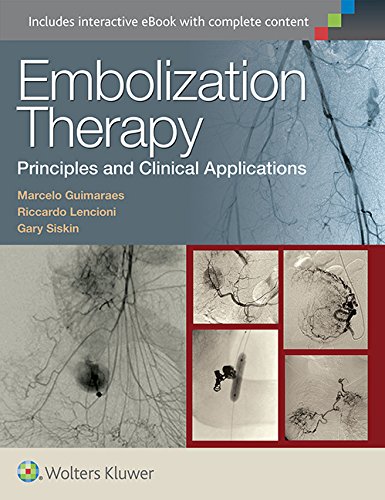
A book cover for Embolization Therapy: Principles and Clinical Applications; Marcelo Guimaraes MD  FSIR; Medical Books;